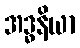
အဒ္ဓနိယာ